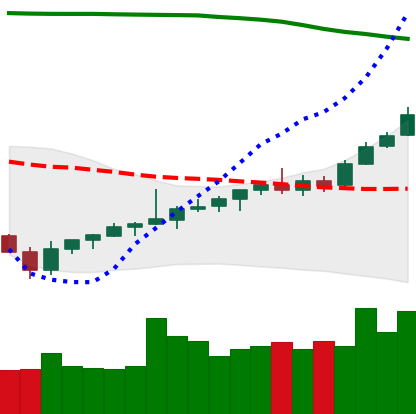
Ticker: TRX-USD
Chart end date: 2021-08-07
Forward return: 11.953%
Label: up_7plus